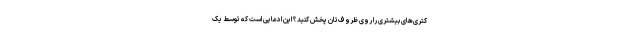
کتری‌های بیشتری را روی ظروف‌تان پخش کنید؟ این ادعایی است که توسط یک